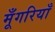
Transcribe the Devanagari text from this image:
मूँगरियाँ